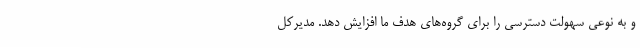
و به نوعی سهولت دسترسی را برای گروه‌های هدف ما افزایش دهد. مدیرکل